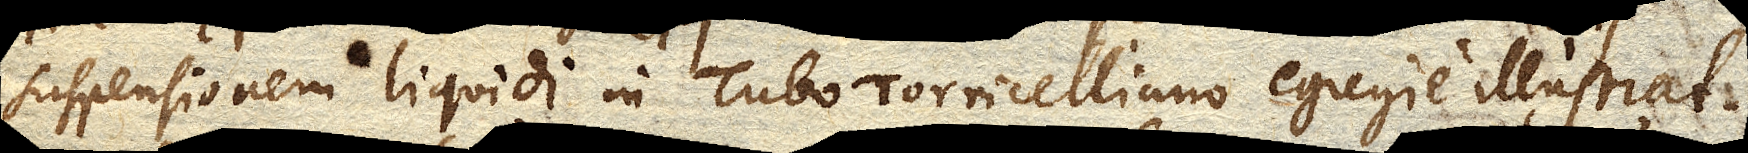
suspensionem liquidi in Tubo Torricelliano egregie illustrat.